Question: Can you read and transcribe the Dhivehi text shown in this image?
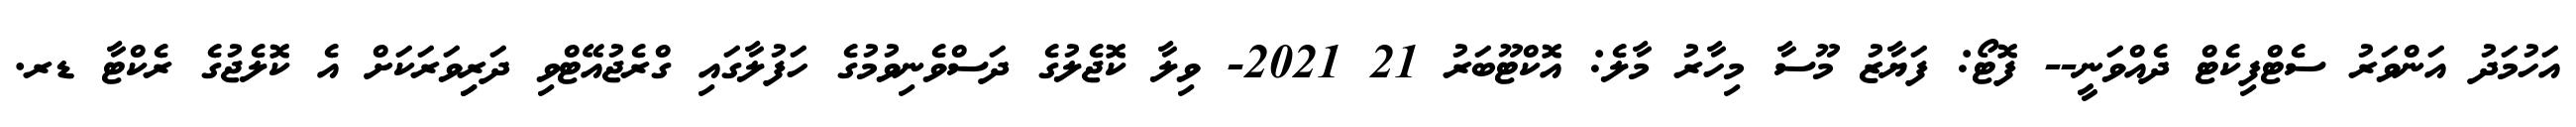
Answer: އަހުމަދު އަންވަރު ސެޓްފިކެޓް ދެއްވަނީ-- ފޮޓޯ: ފަޔާޒު މޫސާ މިހާރު މާލެ: އޮކްޓޫބަރު 21 2021- ވިލާ ކޮޖެލުގެ ދަސްވެނިވުމުގެ ހަފުލާގައި ގްރެޖުއޭޓްވި ދަރިިވަރަކަށް އެ ކޮލެޖުގެ ރެކްޓާ ޑރ.